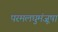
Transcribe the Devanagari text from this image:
परमलघुमंजूषा